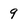
Character: 9